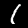
Label: 1